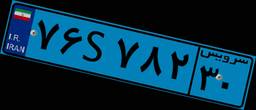
۲۱S۹۵۲۶۲